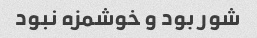
شور بود و خوشمزه نبود